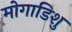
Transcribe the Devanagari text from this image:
मोगाडिशु